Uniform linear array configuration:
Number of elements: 8
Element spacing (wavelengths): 0.25
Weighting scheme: uniform
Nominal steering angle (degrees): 60
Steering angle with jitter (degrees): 58.04
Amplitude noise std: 0.05
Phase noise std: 0.05

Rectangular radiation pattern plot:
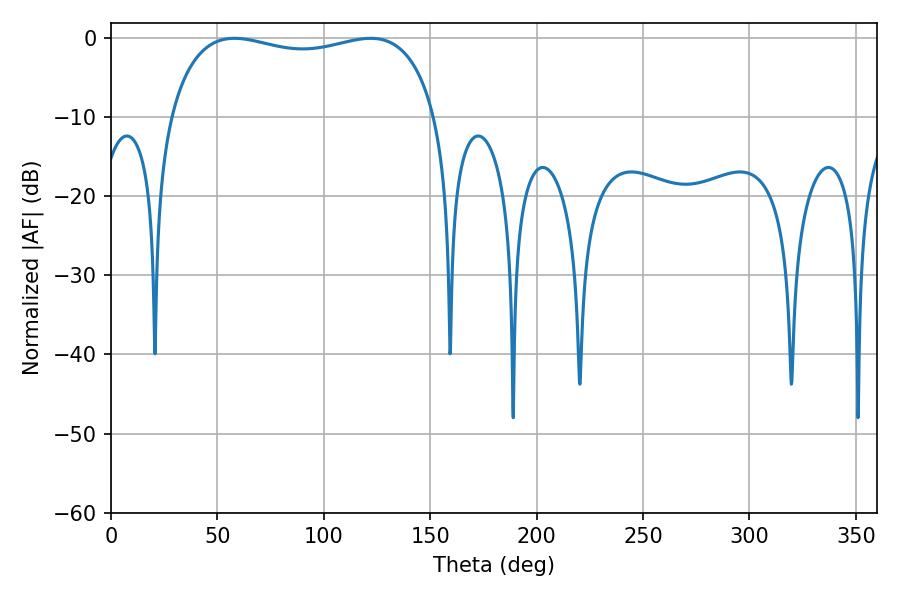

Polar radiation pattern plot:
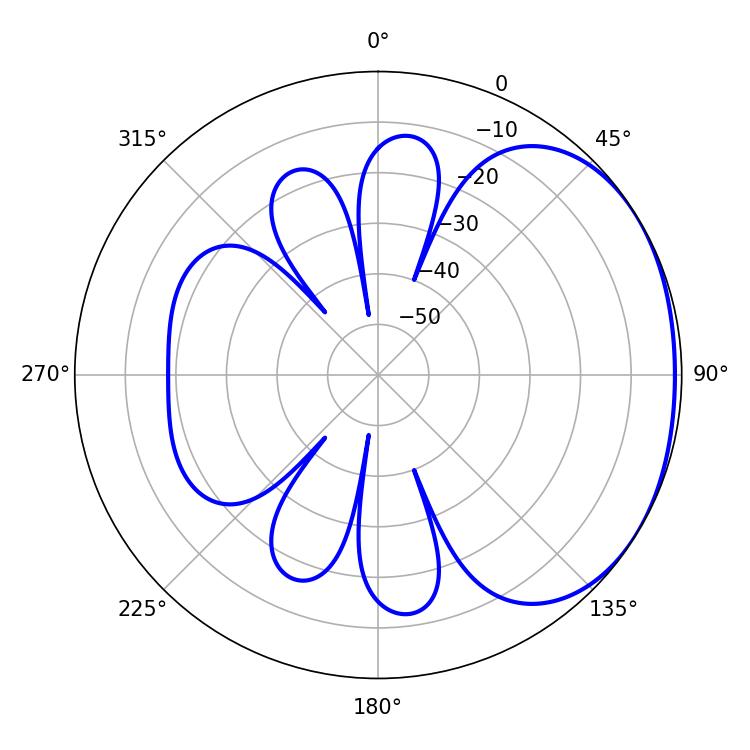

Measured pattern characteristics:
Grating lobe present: FALSE
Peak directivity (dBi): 1.672
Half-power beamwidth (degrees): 102.24
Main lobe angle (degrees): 57.96